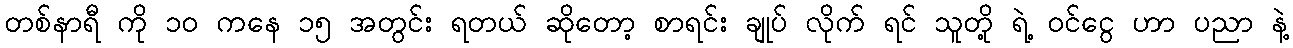
တစ်နာရီ ကို ၁ဝ ကနေ ၁၅ အတွင်း ရတယ် ဆိုတော့ စာရင်း ချုပ် လိုက် ရင် သူတို့ ရဲ့ ဝင်ငွေ ဟာ ပညာ နဲ့